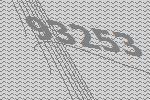
93253